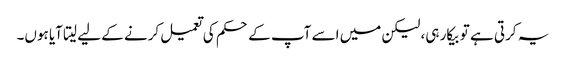
یہ کرتی ہے تو بیکار ہی، لیکن میں اسے آپ کے حکم کی تعمیل کرنے کے لیے لیتا آیا ہوں۔